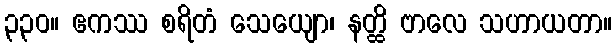
၃၃၀။ ဧကဿ စရိတံ သေယျော၊ နတ္ထိ ဗာလေ သဟာယတာ။